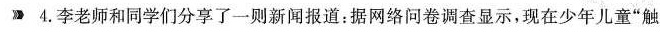
4.李老师和同学们分享了一则新闻报道：据网络问卷调查显示，现在少年儿童”触